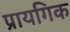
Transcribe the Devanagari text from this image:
प्रायगिक